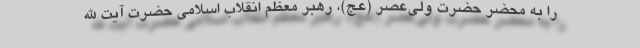
را به محضر حضرت ولی‌عصر (عج)، رهبر معظم انقلاب اسلامی حضرت آیت الله